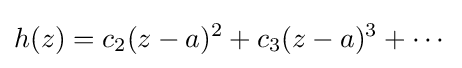
h(z)=c_{2}(z-a)^{2}+c_{3}(z-a)^{3}+\cdots